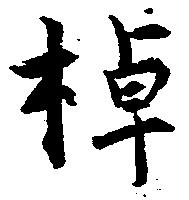
棹